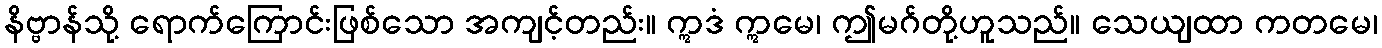
နိဗ္ဗာန်သို့ ရောက်ကြောင်းဖြစ်သော အကျင့်တည်း။ ဣဒံ ဣမေ၊ ဤမဂ်တို့ဟူသည်။ သေယျထာ ကတမေ၊